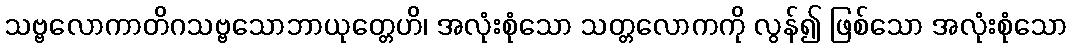
သဗ္ဗလောကာတိဂသဗ္ဗသောဘာယုတ္တေဟိ၊ အလုံးစုံသော သတ္တလောကကို လွန်၍ ဖြစ်သော အလုံးစုံသော